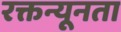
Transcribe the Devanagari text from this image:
रक्तन्यूनता